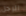
الرجل